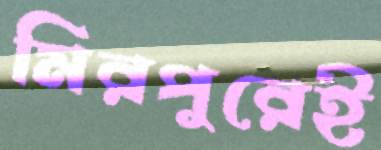
মিরপুরেই